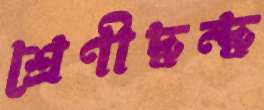
শ্রেণীদ্বন্দ্ব